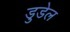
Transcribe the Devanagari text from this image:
डुडेल